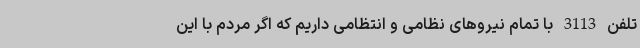
تلفن 3113 با تمام نیروهای نظامی و انتظامی داریم که اگر مردم با این